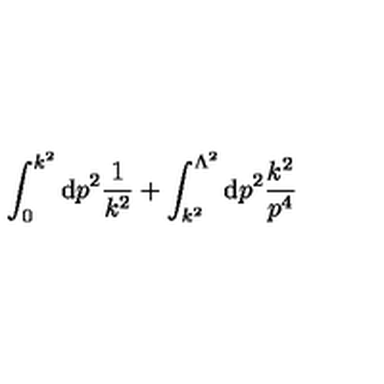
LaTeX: \int _ { 0 } ^ { k ^ { 2 } } \mathrm { d } p ^ { 2 } \frac { 1 } { k ^ { 2 } } + \int _ { k ^ { 2 } } ^ { \Lambda ^ { 2 } } \mathrm { d } p ^ { 2 } \frac { k ^ { 2 } } { p ^ { 4 } }